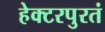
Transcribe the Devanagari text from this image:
हेक्टरपुरतं